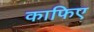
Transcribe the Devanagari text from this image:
काफिए